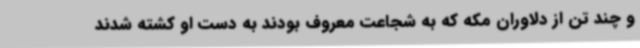
و چند تن از دلاوران مکه که به شجاعت معروف بودند به دست او کشته شدند